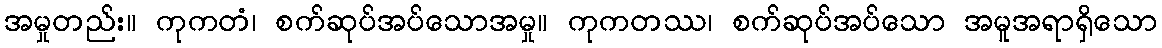
အမှုတည်း။ ကုကတံ၊ စက်ဆုပ်အပ်သောအမှု။ ကုကတဿ၊ စက်ဆုပ်အပ်သော အမူအရာရှိသော